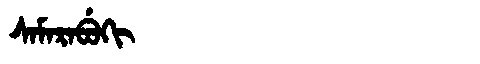
Manchu: ᠰᠠᠮᠠᡵᠠᠪᡠᡴᡳ
Romanization: SAMARABUKI